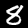
Label: 8